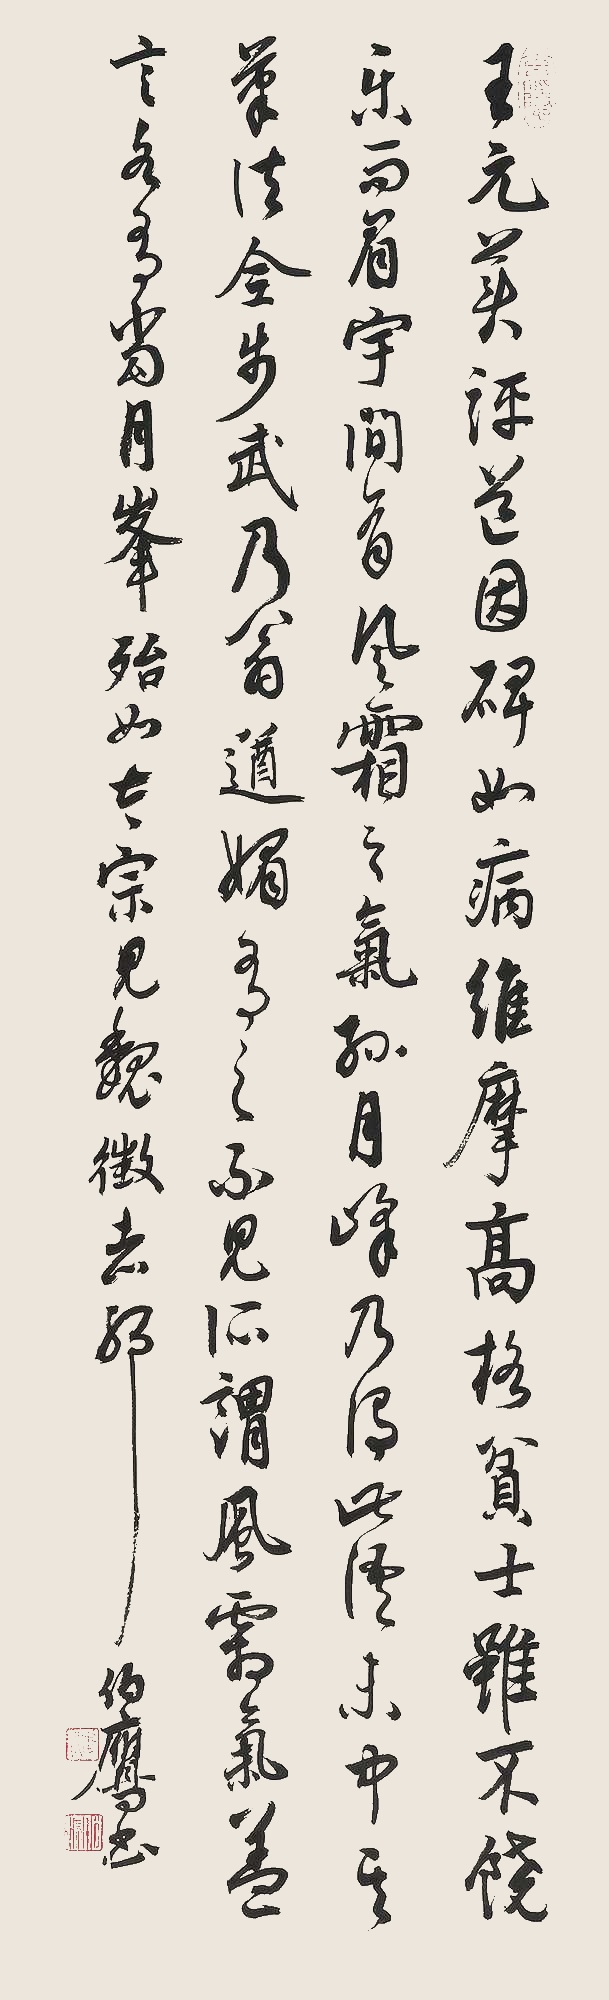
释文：王元美评道因碑如病维摩，高格贫士，虽不饶乐，而眉宇间有风霜之气。孙月峰乃谓此语未中其笔法，全步武乃翁，遒媚有之，不见所谓风霜气。盖言各有当，月峰殆如太宗见魏征者耶。伯鹰书。